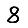
Digit: 8